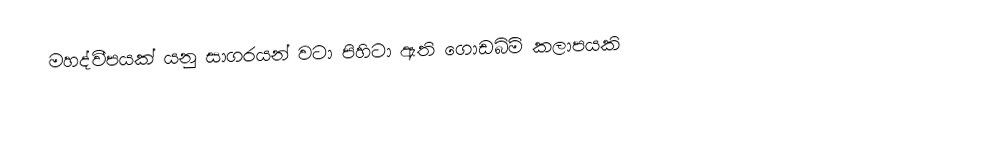
මහද්වීපයක් යනු සාගරයන් වටා පිහිටා ඇති ගොඩබිම් කලාපයකි